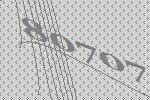
80707